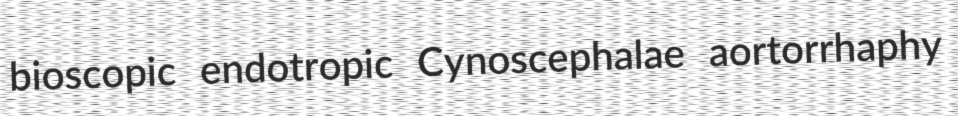
bioscopic endotropic Cynoscephalae aortorrhaphy